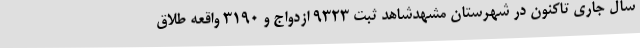
سال جاری تاکنون در شهرستان مشهدشاهد ثبت 9323 ازدواج و 3190 واقعه طلاق